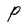
Character: P